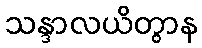
သန္ဒာလယိတွာန